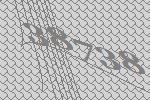
38738